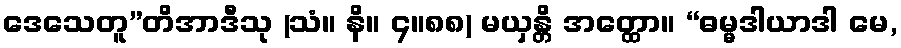
ဒေသေတူ”တိအာဒီသု (သံ။ နိ။ ၄။၈၈) မယှန္တိ အတ္ထော။ “ဓမ္မဒါယာဒါ မေ,